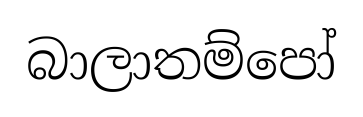
බාලාතම්පෝ